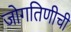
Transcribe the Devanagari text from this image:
जोगतिणीची